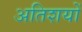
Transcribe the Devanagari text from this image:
अतिशयों